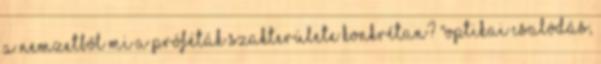
a nemzetből Mi a próféták szakterülete konkrétan? "Optikai csalódás,